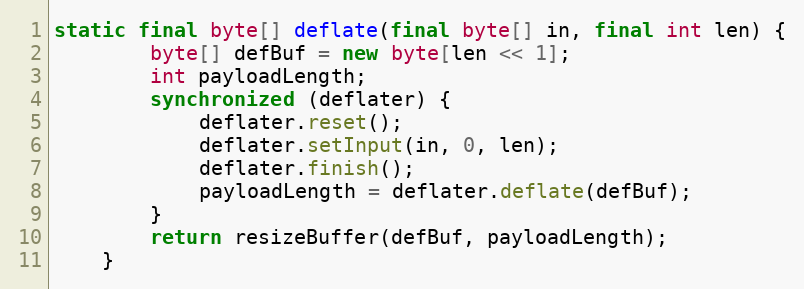
Language: Java
static final byte[] deflate(final byte[] in, final int len) {
		byte[] defBuf = new byte[len << 1];
		int payloadLength;
		synchronized (deflater) {
			deflater.reset();
			deflater.setInput(in, 0, len);
			deflater.finish();
			payloadLength = deflater.deflate(defBuf);
		}
		return resizeBuffer(defBuf, payloadLength);
	}